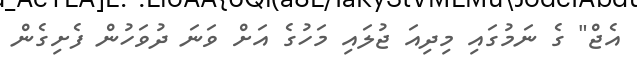
އެޖް" ގެ ނަމުގައި މިދިއަ ޖުލައި މަހުގެ އަށް ވަނަ ދުވަހުން ފެށިގެން